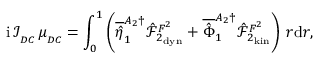
\mathrm { i } \, \mathcal { I } _ { _ { D C } } \, \mu _ { _ { D C } } = \int _ { 0 } ^ { 1 } \left( \overline { { \hat { \eta } } } _ { 1 } ^ { A _ { 2 } \dagger } \hat { \mathcal { F } } _ { 2 _ { \mathrm { d y n } } } ^ { F ^ { 2 } } + \overline { { \hat { \Phi } } } _ { 1 } ^ { A _ { 2 } \dagger } \hat { \mathcal { F } } _ { 2 _ { \mathrm { k i n } } } ^ { F ^ { 2 } } \right) \, r \mathrm { d } r ,